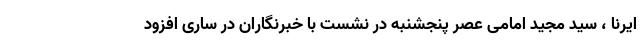
ایرنا ، سید مجید امامی عصر پنجشنبه در نشست با خبرنگاران در ساری افزود